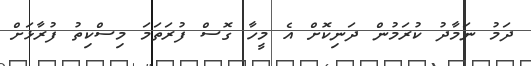
ދަމު ނަމާދު ކުރަމުން ދަނިކޮށް އެ މީހާ ގޮސް ފުރަތަމަ މިސްކިތު ފުރާޅަށް